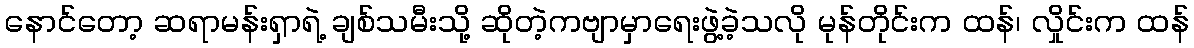
နောင်တော့ ဆရာမန်းရှာရဲ့ ချစ်သမီးသို့ ဆိုတဲ့ကဗျာမှာရေးဖွဲ့ခဲ့သလို မုန်တိုင်းက ထန်၊ လှိုင်းက ထန်